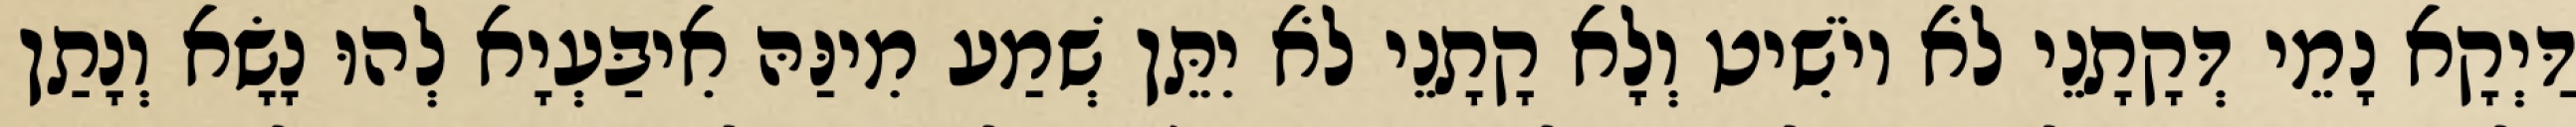
דַּיְקָא נָמֵי דְּקָתָנֵי לֹא יוֹשִׁיט וְלָא קָתָנֵי לֹא יִתֵּן שְׁמַע מִינַּהּ אִיבַּעְיָא לְהוּ נָשָׂא וְנָתַן